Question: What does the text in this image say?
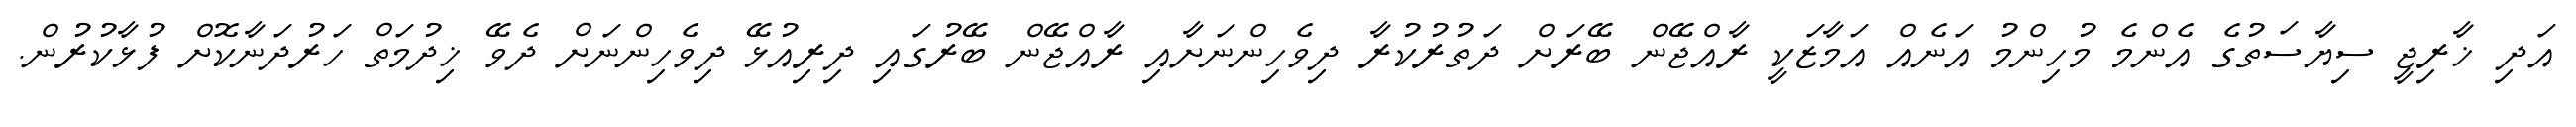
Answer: އަދި ޚާރިޖީ ސިޔާސަތުގެ އެންމެ މުހިންމު އަނެއް އަމާޒަކީ ރާއްޖޭން ބޭރަށް ދަތުރުކުރާ ދިވެހިންނަށާއި ރާއްޖޭން ބޭރުގައި ދިރިއުޅޭ ދިވެހިންނަށް ދެވޭ ޚިދުމަތް ހަރުދަނާކޮށް ފުޅާކުރުން.